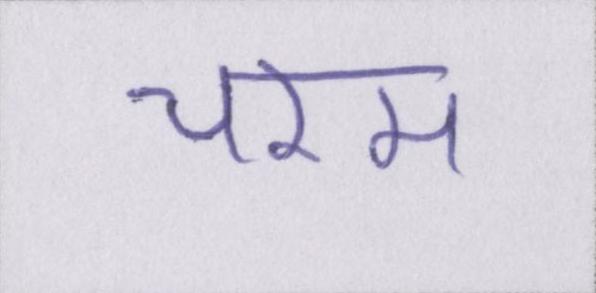
चरम